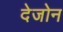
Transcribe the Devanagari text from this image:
देजोन